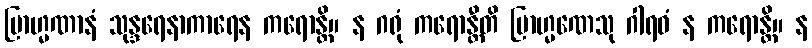
ဗြာဟ္မဏာနံ သုန္ဒရေနာကာရေန ကရောန္တိ။ န ဂရုံ ကရောန္တီတိ ဗြာဟ္မဏေသု ဂါရဝံ န ကရောန္တိ။ န